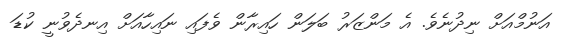
އަނުމްއަށް ނިދުނެވެ. އެ މަންޒަރު ބަލަން ހައިރާން ވެފައި ނައިހާއަށް އިނދެވުނީ ކުޑަ